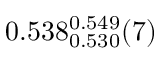
0 . 5 3 8 _ { 0 . 5 3 0 } ^ { 0 . 5 4 9 } ( 7 )